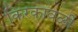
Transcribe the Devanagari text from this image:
किरकावळी